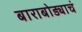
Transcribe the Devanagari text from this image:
बाराबोड्याचं